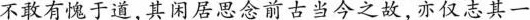
不敢有愧于道，其闲居思念前古当今之故，亦仅志其一